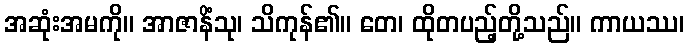
အဆုံးအမကို။ အာဇာနိံသု၊ သိကုန်၏။ တေ၊ ထိုတပည့်တို့သည်။ ကာယဿ၊